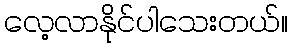
လေ့လာနိုင်ပါသေးတယ်။